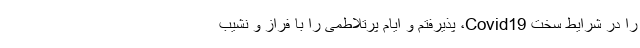
را در شرایط سخت Covid19، پذیرفتم و ایام پرتلاطمی را با فراز و نشیب